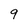
Character: 9